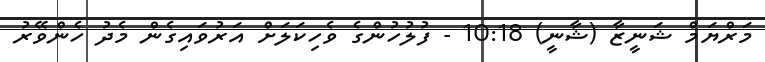
މަރްޔަމް ޝަނީޒާ (ޝާނީ) 10:18 - ފުލުހުންގެ ވެހިކަލަށް އަރުވައިގެން މެދު ހެންވޭރު